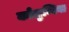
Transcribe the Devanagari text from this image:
कोलुम्बिया